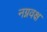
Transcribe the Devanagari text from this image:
नग्नवक्ष